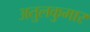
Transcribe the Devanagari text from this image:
अतुलकुमार